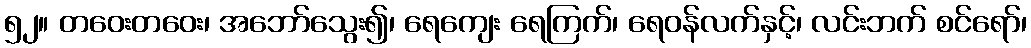
၅၂။ တဝေးတဝေး၊ အဘော်သွေး၍၊ ရေကျေး ရေကြက်၊ ရေဝန်လက်နှင့်၊ လင်းဘက် စင်ရော်၊